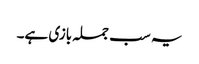
یہ سب جملہ بازی ہے۔